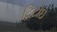
ટિટોઇ